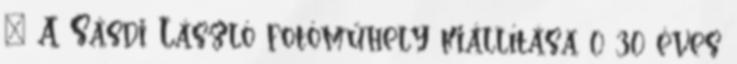
– A Sásdi László fotóműhely kiállítása 0 30 éves